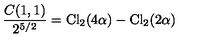
{ \frac { C ( 1 , 1 ) } { 2 ^ { 5 / 2 } } } = \mathrm { C l } _ { 2 } ( 4 \alpha ) - \mathrm { C l } _ { 2 } ( 2 \alpha )